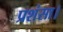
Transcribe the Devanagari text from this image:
प्रशंसा।